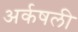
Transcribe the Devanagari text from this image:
अर्कषली